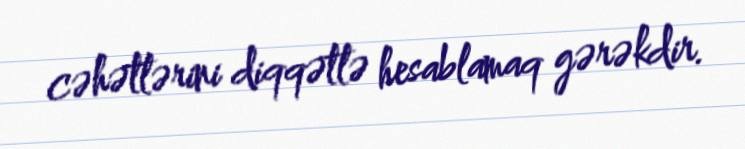
cəhətlərini diqqətlə hesablamaq gərəkdir.